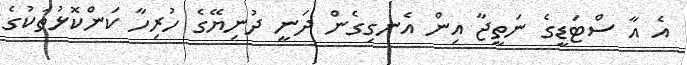
އެ އާ ސްޓަޑީގެ ނަތީޖާ އިން އެނގިގެން ދަނީ ދުނިޔޭގެ ހުރިހާ ކަންކޮޅުތަކުގެ